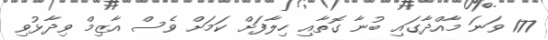
177 ވަނަ މާއްދާގައި ބުނާ ގޮތާއި ހިލާފަށް ކަމަށް ވެސް އާޒިމް ވިދާޅުވި